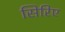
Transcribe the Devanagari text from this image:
सिरिए